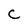
Character: C